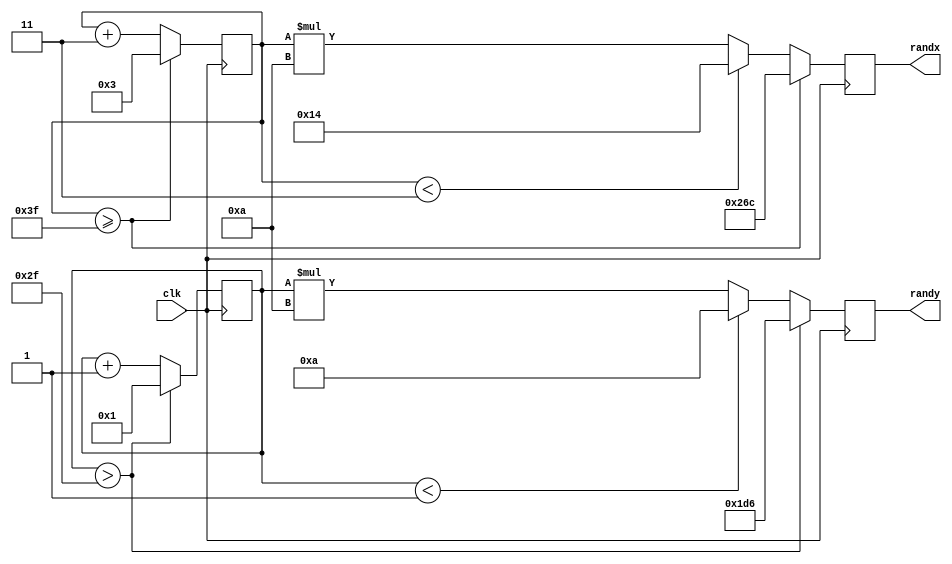
`timescale 1ns / 1ps
//////////////////////////////////////////////////////////////////////////////////
// Company: 
// Engineer: 
// 
// Design Name: 
// Module Name:    CreateRandPosition 
// Project Name: 
// Target Devices: 
// Tool versions: 
// Description: 
//
// Dependencies: 
//
// Revision: 
// Revision 0.01 - File Created
// Additional Comments: 
//
//////////////////////////////////////////////////////////////////////////////////
module CreateRandPosition(clk,randx,randy
    );
		parameter LEFTLIMIT = 0;
		parameter RIGHTLIMIT = 640;
		parameter DOWNLIMIT = 0;
		parameter UPLIMIT = 480;//

		parameter A = 20;//
		parameter B = 10;//
		input wire clk;
		output reg [9:0] randx;//
		output reg [8:0] randy;//
		reg [6:0] adx=15, ady = 15	;//063
		
		always@(posedge clk)begin//clk
			adx <= adx + 3;
			ady <= ady + 1;
			
			if(adx>=63)begin
				adx <= 3;
				randx <= RIGHTLIMIT-A;//
			end
			else if (adx<3)
				randx <= LEFTLIMIT+A;//
			else
				randx <= (adx * 10);

			if(ady>47)begin
				ady <= 1;
				randy <= UPLIMIT-B;//
			end
			else if (ady<1)
				randy <= DOWNLIMIT+B;//
			else
				randy <= (ady * 10);
		end
		
endmodule